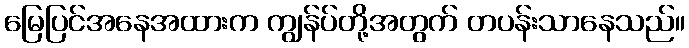
မြေပြင်အနေအထားက ကျွန်ပ်တို့အတွက် တပန်းသာနေသည်။